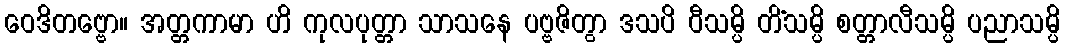
ဝေဒိတဗ္ဗော။ အတ္တကာမာ ဟိ ကုလပုတ္တာ သာသနေ ပဗ္ဗဇိတွာ ဒသပိ ဝီသမ္ပိ တိံသမ္ပိ စတ္တာလီသမ္ပိ ပညာသမ္ပိ